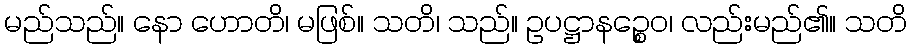
မည်သည်။ နော ဟောတိ၊ မဖြစ်။ သတိ၊ သည်။ ဥပဋ္ဌာနဉ္စေဝ၊ လည်းမည်၏။ သတိ